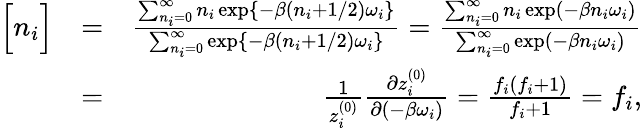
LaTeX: \begin{array}{rlr}{\Big[{n_{i}}\Big]}&{=}&{\frac{\sum_{n_{i}=0}^{\infty}n_{i}\exp\{ -\beta(n_{i}+1/2)\omega_{i}\} }{\sum_{n_{i}=0}^{\infty}\exp\{ -\beta(n_{i}+1/2)\omega_{i}\} }=\frac{\sum_{n_{i}=0}^{\infty}n_{i}\exp(-\beta n_{i}\omega_{i})}{\sum_{n_{i}=0}^{\infty}\exp(-\beta n_{i}\omega_{i})}}\\ &{=}&{\frac{1}{z_{i}^{(0)}}\frac{\partial z_{i}^{(0)}}{\partial(-\beta\omega_{i})}=\frac{f_{i}(f_{i}+1)}{f_{i}+1}=f_{i},}\end{array}